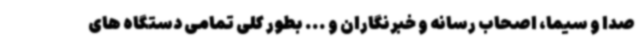
صدا و سیما، اصحاب رسانه و خبرنگاران و ... بطور کلی تمامی دستگاه های